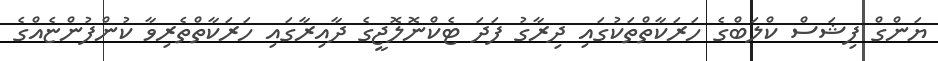
ޔަންގް ފިޝަސް ކްލަބްގެ ހަރަކާތްތަކުގައި ދިރާގު ފަދަ ޓެކްނޮލޮޖީގެ ދާއިރާގައި ހަރަކާތްތެރިވާ ކުންފުންޏެއްގެ